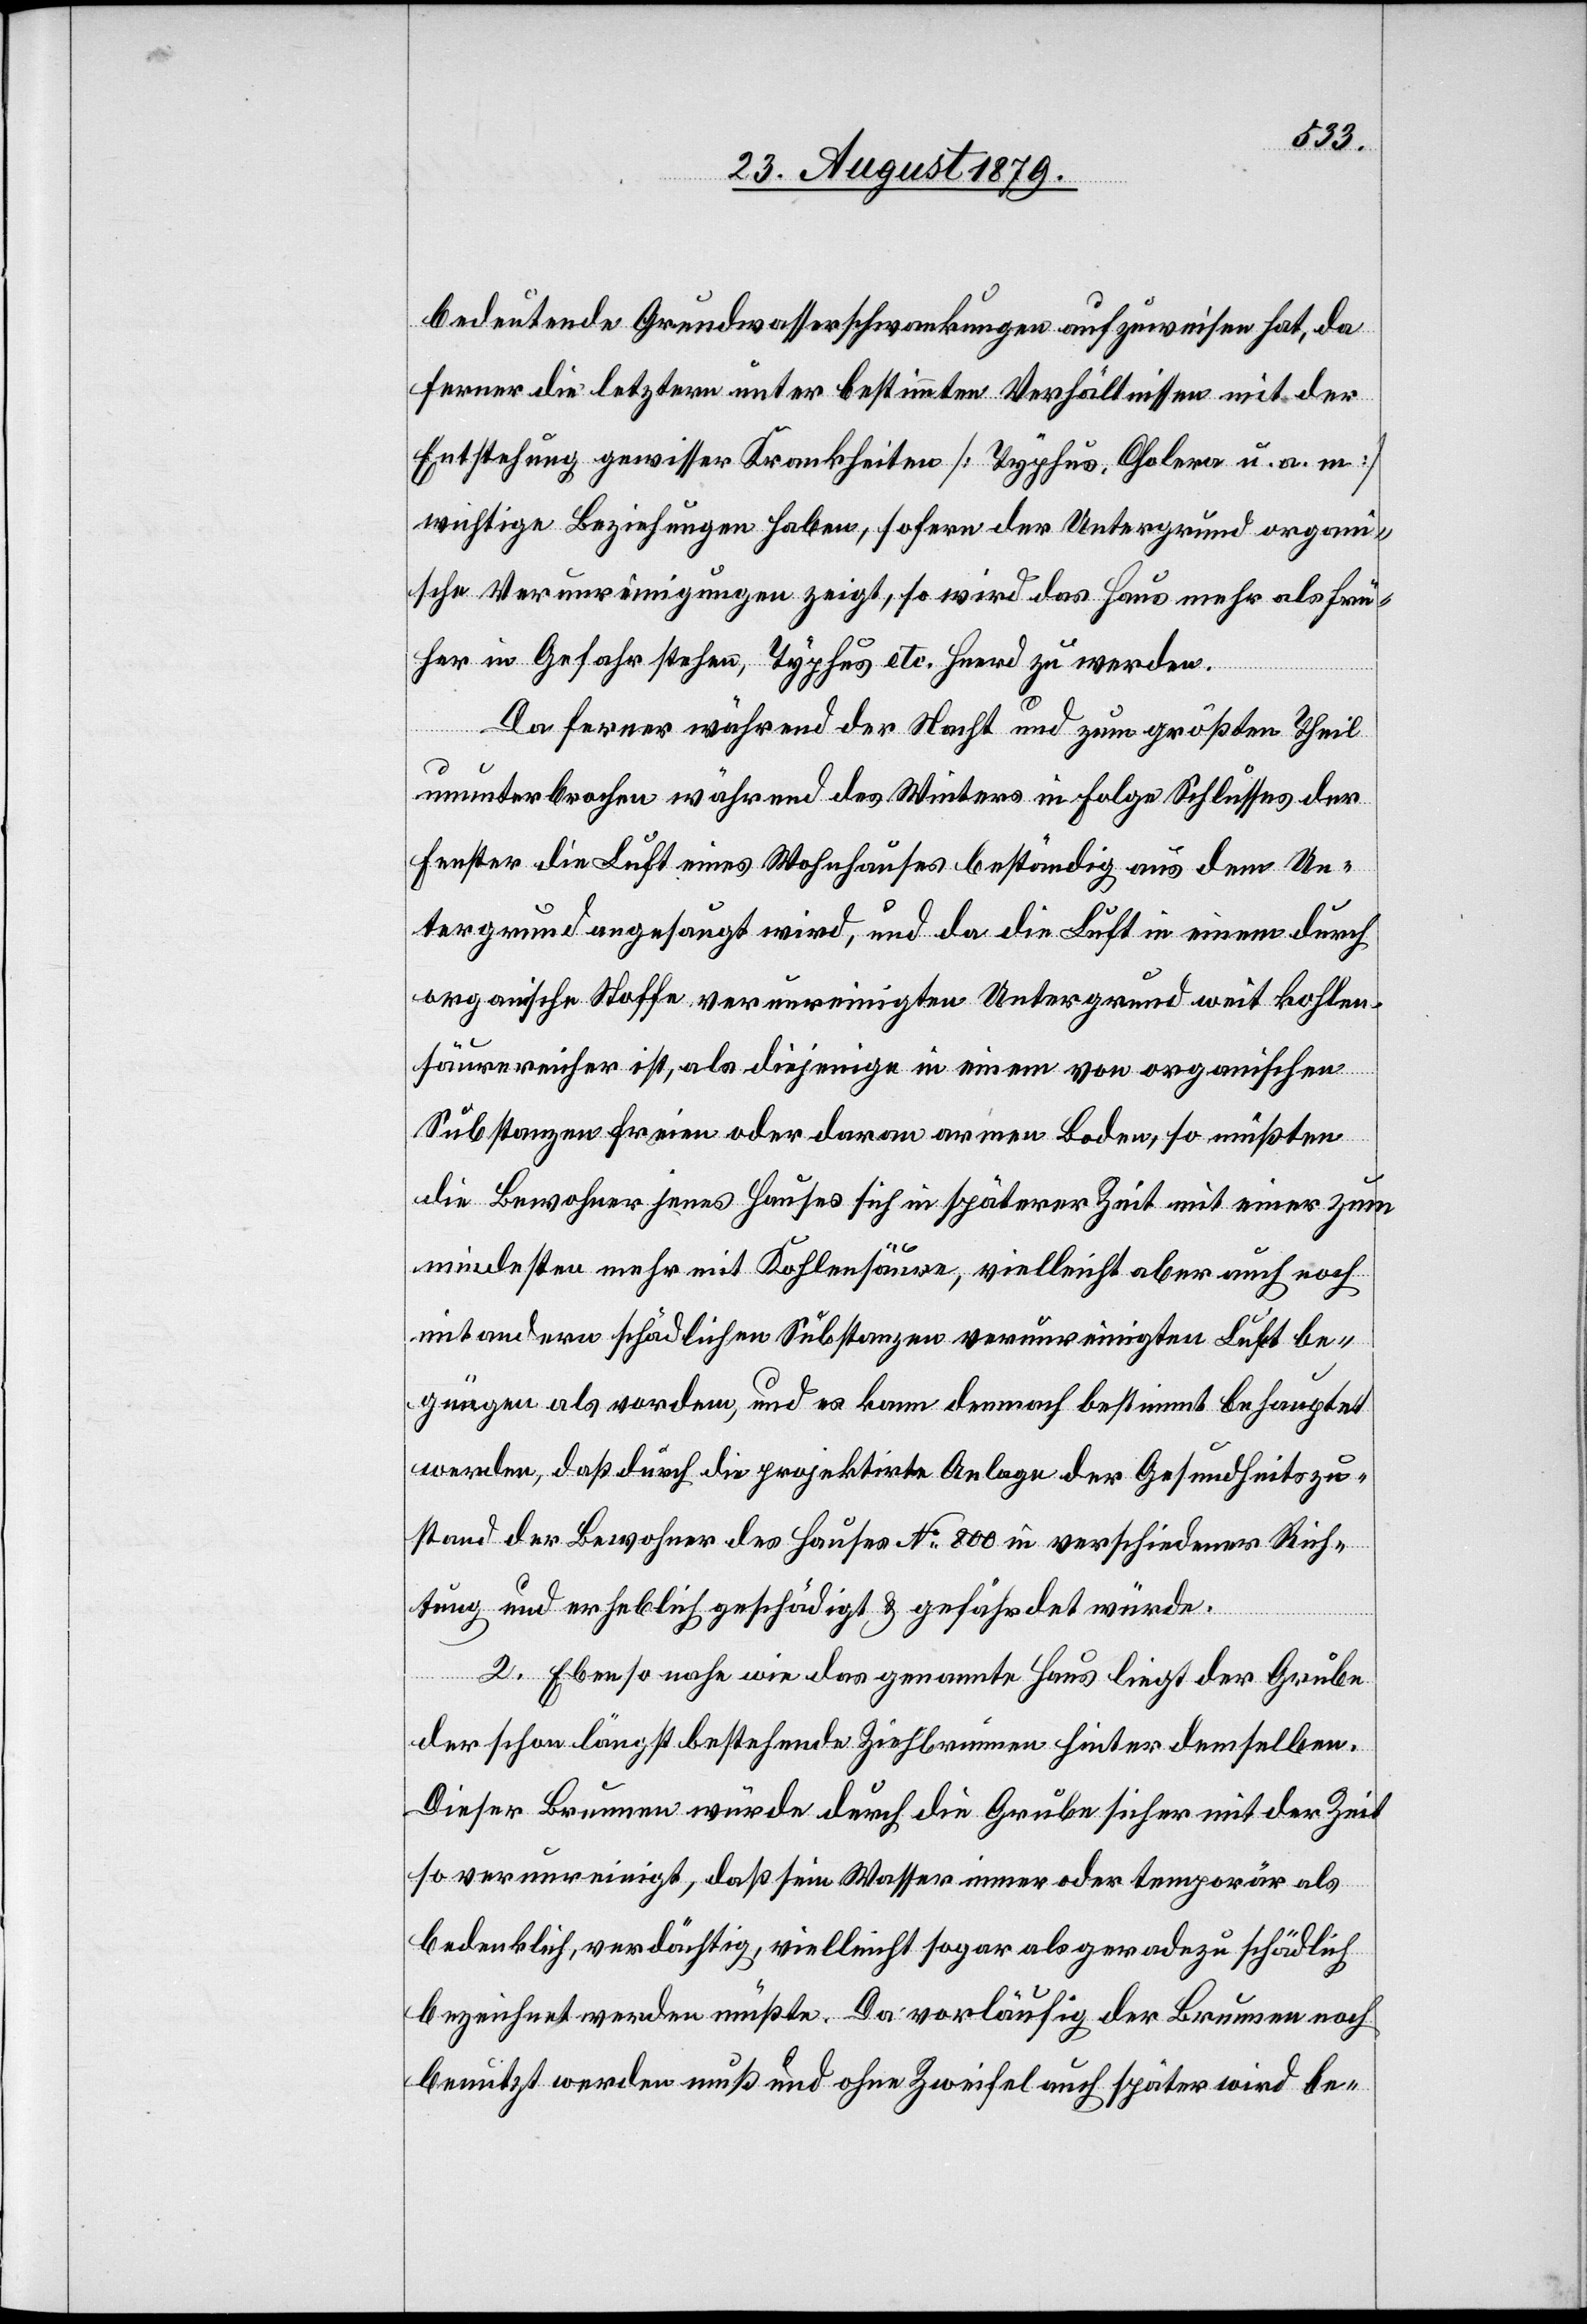
bedeutende Grundwasserschwankungen aufzuweisen hat, da
ferner die letztern unter bestimmten Verhältnissen mit der
Entstehung gewisser Krankheiten [Typhus, Cholera u. a. m.]
wichtige Beziehungen haben, sofern der Untergrund organi¬
sche Verunreinigungen zeigt, so wird das Haus mehr als frü¬
her in Gefahr stehen, Typhus etc. Herd zu werden.
Da ferner während der Nacht und zum größten Theil
ununterbrochen während des Winters in Folge Schlusses der
Fenster die Luft eines Wohnhauses beständig aus dem Un¬
tergrund angesaugt wird, und da die Luft in einem durch
organische Stoffe verunreinigten Untergrund weit kohlen¬
säurereicher ist, als diejenige in einem von organischen
Substanzen freien oder daran armen Boden, so müßten
die Bewohner jenes Hauses sich in späterer Zeit mit einer zum
mindesten mehr mit Kohlensäure, vielleicht aber auch noch
mit andern schädlichen Substanzen verunreinigten Luft be¬
gnügen als vordem, und es kann demnach bestimmt behauptet
werden, daß durch die projektirte Anlage der Gesundheitszu¬
stand der Bewohner des Hauses No 800 in verschiedener Rich¬
tung und erheblich geschädigt & gefährdet würde.
2. Ebenso nahe wie das genannte Haus liegt der Grube
der schon längst bestehende Ziehbrunnen hinter demselben.
Dieser Brunnen würde durch die Grube sicher mit der Zeit
so verunreinigt, daß sein Wasser immer oder temporär als
bedenklich, verdächtig, vielleicht sogar als geradezu schädlich
bezeichnet werden müßte. Da vorläufig der Brunnen noch
benutzt werden muß und ohne Zweifel auch später wird be-